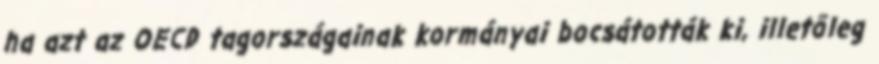
ha azt az OECD tagországainak kormányai bocsátották ki, illetőleg